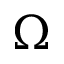
\Omega